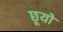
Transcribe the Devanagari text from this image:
छूयो